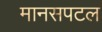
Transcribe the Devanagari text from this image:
मानसपटल